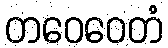
တဝေဝေတံ